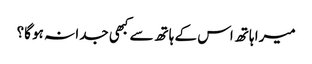
میرا ہاتھ اس کے ہاتھ سے کبھی جدا نہ ہو گا؟